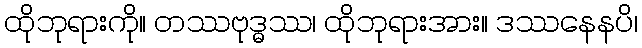
ထိုဘုရားကို။ တဿဗုဒ္ဓဿ၊ ထိုဘုရားအား။ ဒဿနေနပိ၊